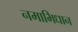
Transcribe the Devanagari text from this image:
नमाभिधान